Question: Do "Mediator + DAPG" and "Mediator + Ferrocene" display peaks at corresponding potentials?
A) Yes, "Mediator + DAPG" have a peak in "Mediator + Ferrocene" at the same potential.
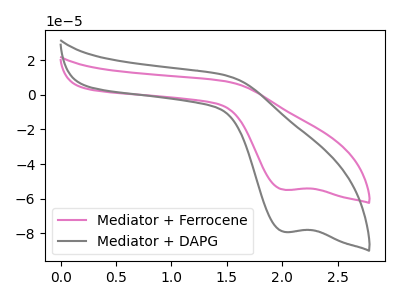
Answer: <think>The pink curve "Mediator + Ferrocene" has a cathodic peak at: (2.00V, -54.85uA). The gray curve "Mediator + DAPG" has a cathodic peak at: (2.00V, -79.10uA).</think>
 <answer>A) Yes, "Mediator + DAPG" have a peak in "Mediator + Ferrocene" at the same potential.</answer>
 <eval>A</eval>